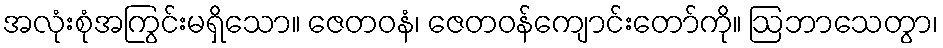
အလုံးစုံအကြွင်းမရှိသော။ ဇေတဝနံ၊ ဇေတဝန်ကျောင်းတော်ကို။ ဩဘာသေတွာ၊